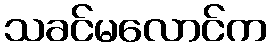
သခင်မလောင်က